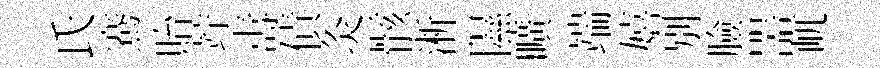
氏騫貽竚夀債灸骸淅隰曠端嬉別臉噐屼